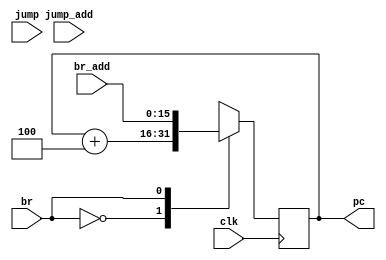
module PC
  (
   input jump,br, 
   input 	 clk,
   input [15:0]  br_add,
   input [15:0]  jump_add,
   output [15:0] pc
   );
assign PCinput = {jump, br};
reg [15:0] pc;
   initial begin
       pc = {16{1'b0}};
   end

   always @(posedge clk) begin
       case (PCinput)
	 2'b00: begin
	     pc = pc + 4;
	 end
	 2'b01: begin
	     pc = br_add;
	 end
	 2'b10: begin
	     pc = jump_add;
	 end
	 default: begin
	     pc = {16{1'b0}};
	 end
       endcase
   end 
endmodule